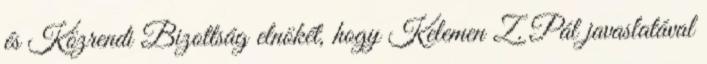
és Közrendi Bizottság elnökét, hogy Kelemen Z. Pál javaslatával